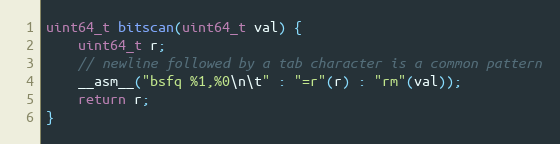
Language: C
uint64_t bitscan(uint64_t val) {
    uint64_t r;
    // newline followed by a tab character is a common pattern
    __asm__("bsfq %1,%0\n\t" : "=r"(r) : "rm"(val));
    return r;
}